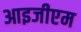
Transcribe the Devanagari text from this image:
आइजीएम